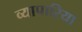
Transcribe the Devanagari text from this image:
व्‍यापारिया